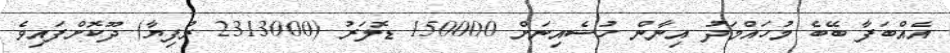
އެއްބަފާ ބޭބެ މުހައްމަދު އިނާން ހުސެއިނަށް 150000 ޑޮލަރު (2313000 ރުފިޔާ) ދޫކޮށްފައިވެ